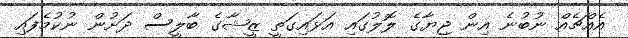
އެއްޗެއް ނުބުނެ އިން ޖިޔާގެ ލޮލުގައި އަޅައިގަތީ ޒީޝާގެ ބާލީސް ދަށުން ނުކުމެފައި